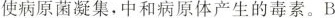
使病原菌凝集，中和病原体产生的毒素。B